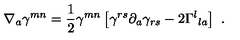
\nabla _ { a } \gamma ^ { m n } = { \frac { 1 } { 2 } } \gamma ^ { m n } \left[ \gamma ^ { r s } \partial _ { a } \gamma _ { r s } - 2 \Gamma ^ { l } { } _ { l a } \right] \ .